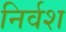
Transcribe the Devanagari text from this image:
निर्वश